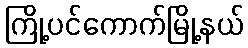
ကြို့ပင်ကောက်မြို့နယ်